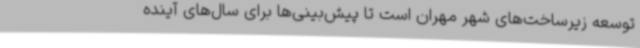
توسعه زیرساخت‌های شهر مهران است تا پیش‌بینی‌ها برای سال‌های آینده